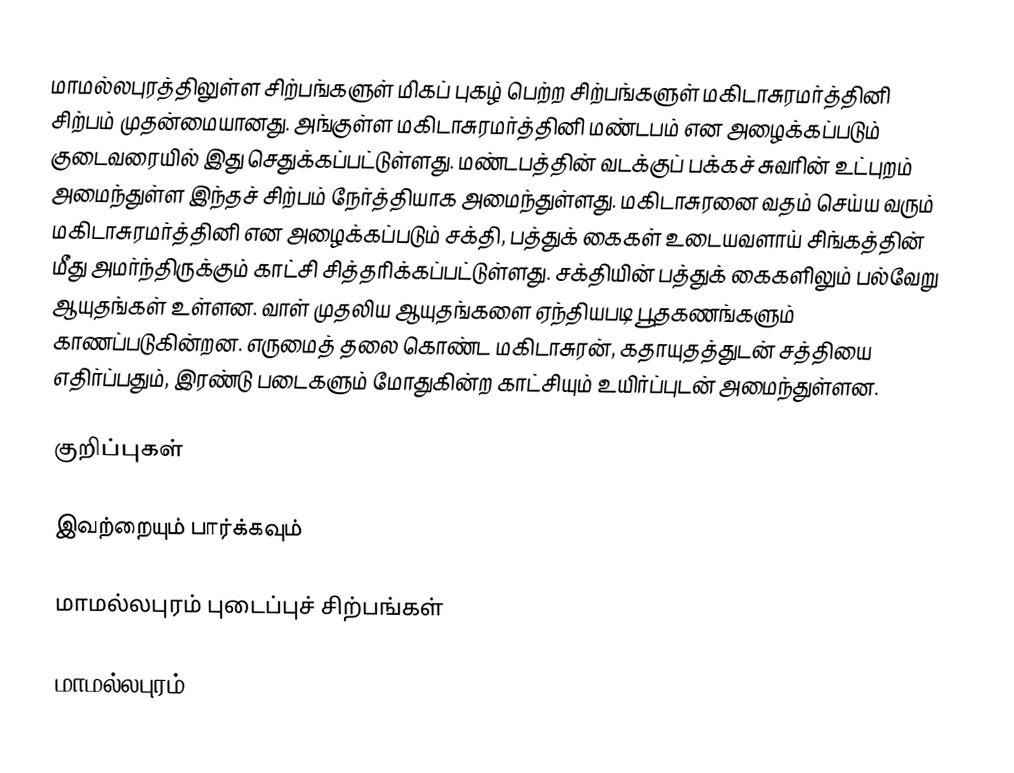
மாமல்லபுரத்திலுள்ள சிற்பங்களுள் மிகப் புகழ் பெற்ற சிற்பங்களுள் மகிடாசுரமர்த்தினி சிற்பம் முதன்மையானது. அங்குள்ள மகிடாசுரமர்த்தினி மண்டபம் என அழைக்கப்படும் குடைவரையில் இது செதுக்கப்பட்டுள்ளது. மண்டபத்தின் வடக்குப் பக்கச் சுவரின் உட்புறம் அமைந்துள்ள இந்தச் சிற்பம் நேர்த்தியாக அமைந்துள்ளது. மகிடாசுரனை வதம் செய்ய வரும் மகிடாசுரமர்த்தினி என அழைக்கப்படும் சக்தி, பத்துக் கைகள் உடையவளாய் சிங்கத்தின் மீது அமர்ந்திருக்கும் காட்சி சித்தரிக்கப்பட்டுள்ளது. சக்தியின் பத்துக் கைகளிலும் பல்வேறு ஆயுதங்கள் உள்ளன. வாள் முதலிய ஆயுதங்களை ஏந்தியபடி பூதகணங்களும் காணப்படுகின்றன. எருமைத் தலை கொண்ட மகிடாசுரன், கதாயுதத்துடன் சத்தியை எதிர்ப்பதும், இரண்டு படைகளும் மோதுகின்ற காட்சியும் உயிர்ப்புடன் அமைந்துள்ளன.

குறிப்புகள்

இவற்றையும் பார்க்கவும்

 மாமல்லபுரம் புடைப்புச் சிற்பங்கள்

மாமல்லபுரம்